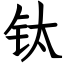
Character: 钛